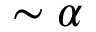
\sim \alpha